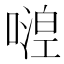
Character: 𠽇